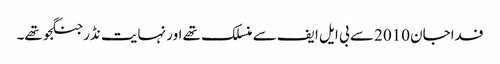
فداجان 2010 سے بی ایل ایف سے منسلک تھے اور نہایت نڈر جنگجو تھے۔